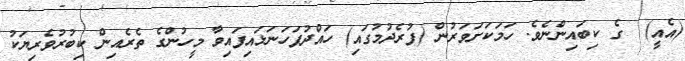
(އެއީ)  ގެ ކިބައިންނެވެ. ހަމަކަށަވަރުން (ފުރެދުމުގައި) ހައްދުފަހަނަޅައިފައިވާ މީހުންގެ ތެރެއިން ކިބުރުވެރިޔަކު